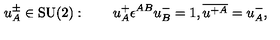
u _ { A } ^ { \pm } \in \mathrm { S U ( 2 ) } : \qquad u _ { A } ^ { + } \epsilon ^ { A B } u _ { B } ^ { - } = 1 , \overline { { u ^ { + A } } } = u _ { A } ^ { - } ,